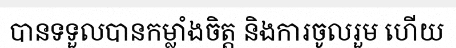
បានទទួលបានកម្លាំងចិត្ត និងការចូលរួម ហើយ